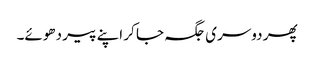
پھر دوسری جگہ جا کر اپنے پیر دھوئے۔